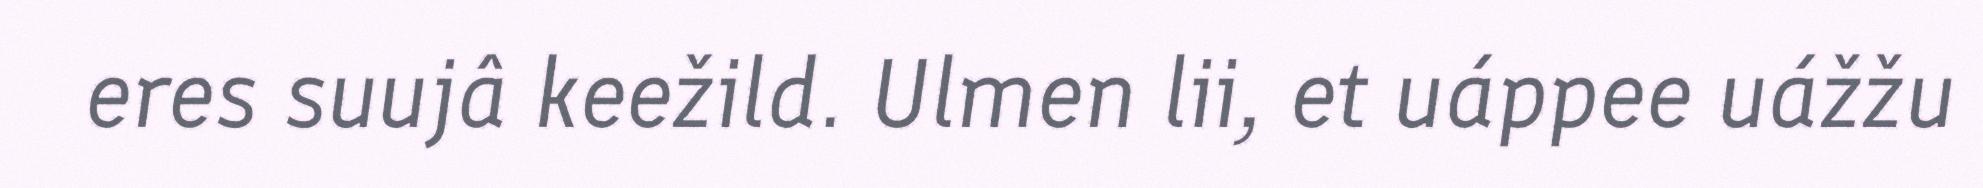
eres suujâ keežild. Ulmen lii, et uáppee uážžu